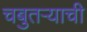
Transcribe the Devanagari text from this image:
चबुतऱ्याची